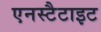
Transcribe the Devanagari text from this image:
एनस्टैटाइट